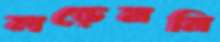
লড়েননি